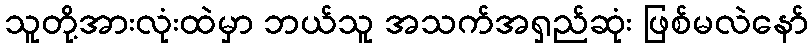
သူတို့အားလုံးထဲမှာ ဘယ်သူ အသက်အရှည်ဆုံး ဖြစ်မလဲနော်